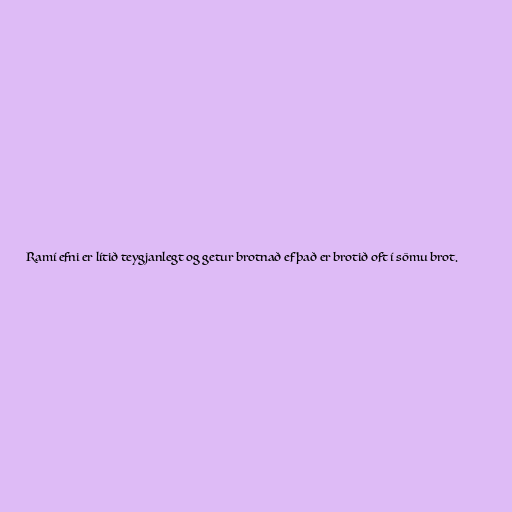
Ramí efni er lítið teygjanlegt og getur brotnað ef það er brotið oft í sömu brot.